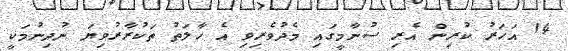
14 އަހަރު ކުރިން އެރި ސުނާމީގައި މެދުވެރިވި އެ ހާލަތު ތަކުރާރުވިޔަ ނުދިނުމަކީ